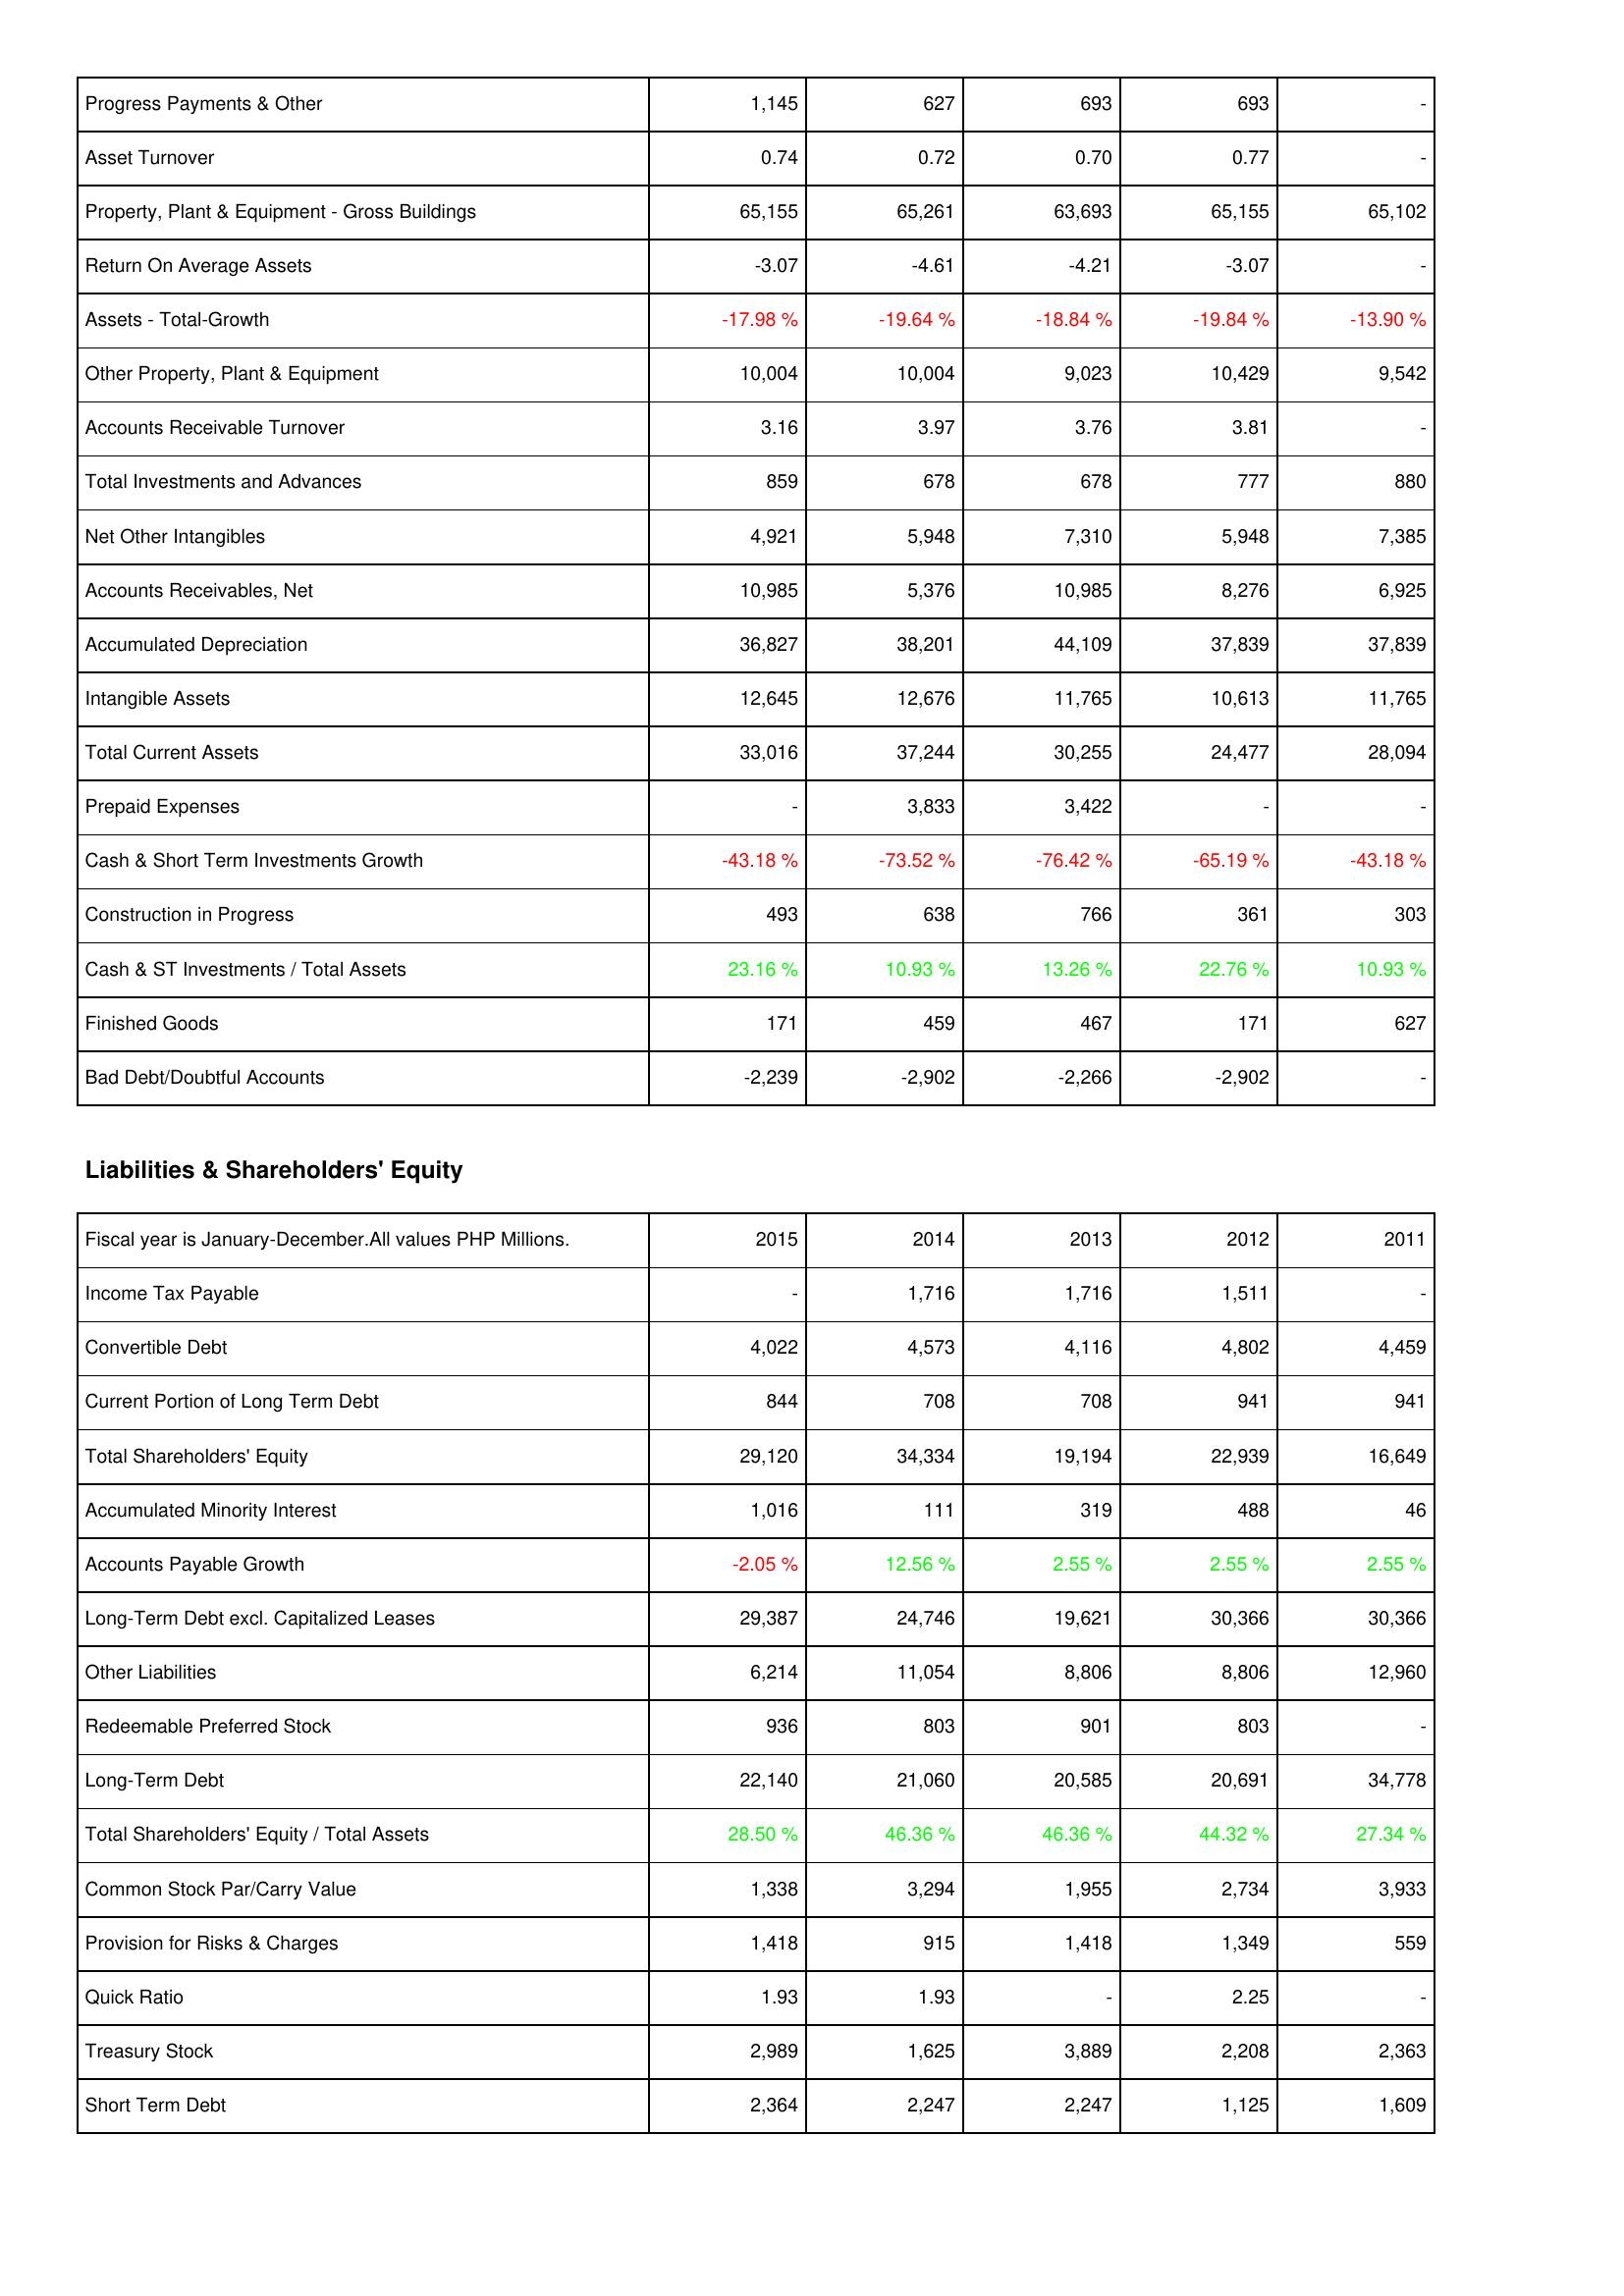
2015: Assets: Progress Payments & Other: 1,145
Asset Turnover: 0.74
Property, Plant & Equipment - Gross Buildings: 65,155
Return On Average Assets: -3.07
Assets - Total-Growth: -17.98 %
Other Property, Plant & Equipment: 10,004
Accounts Receivable Turnover: 3.16
Total Investments and Advances: 859
Net Other Intangibles: 4,921
Accounts Receivables, Net: 10,985
Accumulated Depreciation: 36,827
Intangible Assets: 12,645
Total Current Assets: 33,016
Prepaid Expenses: -
Cash & Short Term Investments Growth: -43.18 %
Construction in Progress: 493
Cash & ST Investments / Total Assets: 23.16 %
Finished Goods: 171
Bad Debt/Doubtful Accounts: -2,239
Liabilities & Shareholders' Equity: Income Tax Payable: -
Convertible Debt: 4,022
Current Portion of Long Term Debt: 844
Total Shareholders' Equity: 29,120
Accumulated Minority Interest: 1,016
Accounts Payable Growth: -2.05 %
Long-Term Debt excl. Capitalized Leases: 29,387
Other Liabilities: 6,214
Redeemable Preferred Stock: 936
Long-Term Debt: 22,140
Total Shareholders' Equity / Total Assets: 28.50 %
Common Stock Par/Carry Value: 1,338
Provision for Risks & Charges: 1,418
Quick Ratio: 1.93
Treasury Stock: 2,989
Short Term Debt: 2,364
2014: Assets: Progress Payments & Other: 627
Asset Turnover: 0.72
Property, Plant & Equipment - Gross Buildings: 65,261
Return On Average Assets: -4.61
Assets - Total-Growth: -19.64 %
Other Property, Plant & Equipment: 10,004
Accounts Receivable Turnover: 3.97
Total Investments and Advances: 678
Net Other Intangibles: 5,948
Accounts Receivables, Net: 5,376
Accumulated Depreciation: 38,201
Intangible Assets: 12,676
Total Current Assets: 37,244
Prepaid Expenses: 3,833
Cash & Short Term Investments Growth: -73.52 %
Construction in Progress: 638
Cash & ST Investments / Total Assets: 10.93 %
Finished Goods: 459
Bad Debt/Doubtful Accounts: -2,902
Liabilities & Shareholders' Equity: Income Tax Payable: 1,716
Convertible Debt: 4,573
Current Portion of Long Term Debt: 708
Total Shareholders' Equity: 34,334
Accumulated Minority Interest: 111
Accounts Payable Growth: 12.56 %
Long-Term Debt excl. Capitalized Leases: 24,746
Other Liabilities: 11,054
Redeemable Preferred Stock: 803
Long-Term Debt: 21,060
Total Shareholders' Equity / Total Assets: 46.36 %
Common Stock Par/Carry Value: 3,294
Provision for Risks & Charges: 915
Quick Ratio: 1.93
Treasury Stock: 1,625
Short Term Debt: 2,247
2013: Assets: Progress Payments & Other: 693
Asset Turnover: 0.70
Property, Plant & Equipment - Gross Buildings: 63,693
Return On Average Assets: -4.21
Assets - Total-Growth: -18.84 %
Other Property, Plant & Equipment: 9,023
Accounts Receivable Turnover: 3.76
Total Investments and Advances: 678
Net Other Intangibles: 7,310
Accounts Receivables, Net: 10,985
Accumulated Depreciation: 44,109
Intangible Assets: 11,765
Total Current Assets: 30,255
Prepaid Expenses: 3,422
Cash & Short Term Investments Growth: -76.42 %
Construction in Progress: 766
Cash & ST Investments / Total Assets: 13.26 %
Finished Goods: 467
Bad Debt/Doubtful Accounts: -2,266
Liabilities & Shareholders' Equity: Income Tax Payable: 1,716
Convertible Debt: 4,116
Current Portion of Long Term Debt: 708
Total Shareholders' Equity: 19,194
Accumulated Minority Interest: 319
Accounts Payable Growth: 2.55 %
Long-Term Debt excl. Capitalized Leases: 19,621
Other Liabilities: 8,806
Redeemable Preferred Stock: 901
Long-Term Debt: 20,585
Total Shareholders' Equity / Total Assets: 46.36 %
Common Stock Par/Carry Value: 1,955
Provision for Risks & Charges: 1,418
Quick Ratio: -
Treasury Stock: 3,889
Short Term Debt: 2,247
2012: Assets: Progress Payments & Other: 693
Asset Turnover: 0.77
Property, Plant & Equipment - Gross Buildings: 65,155
Return On Average Assets: -3.07
Assets - Total-Growth: -19.84 %
Other Property, Plant & Equipment: 10,429
Accounts Receivable Turnover: 3.81
Total Investments and Advances: 777
Net Other Intangibles: 5,948
Accounts Receivables, Net: 8,276
Accumulated Depreciation: 37,839
Intangible Assets: 10,613
Total Current Assets: 24,477
Prepaid Expenses: -
Cash & Short Term Investments Growth: -65.19 %
Construction in Progress: 361
Cash & ST Investments / Total Assets: 22.76 %
Finished Goods: 171
Bad Debt/Doubtful Accounts: -2,902
Liabilities & Shareholders' Equity: Income Tax Payable: 1,511
Convertible Debt: 4,802
Current Portion of Long Term Debt: 941
Total Shareholders' Equity: 22,939
Accumulated Minority Interest: 488
Accounts Payable Growth: 2.55 %
Long-Term Debt excl. Capitalized Leases: 30,366
Other Liabilities: 8,806
Redeemable Preferred Stock: 803
Long-Term Debt: 20,691
Total Shareholders' Equity / Total Assets: 44.32 %
Common Stock Par/Carry Value: 2,734
Provision for Risks & Charges: 1,349
Quick Ratio: 2.25
Treasury Stock: 2,208
Short Term Debt: 1,125
2011: Assets: Progress Payments & Other: -
Asset Turnover: -
Property, Plant & Equipment - Gross Buildings: 65,102
Return On Average Assets: -
Assets - Total-Growth: -13.90 %
Other Property, Plant & Equipment: 9,542
Accounts Receivable Turnover: -
Total Investments and Advances: 880
Net Other Intangibles: 7,385
Accounts Receivables, Net: 6,925
Accumulated Depreciation: 37,839
Intangible Assets: 11,765
Total Current Assets: 28,094
Prepaid Expenses: -
Cash & Short Term Investments Growth: -43.18 %
Construction in Progress: 303
Cash & ST Investments / Total Assets: 10.93 %
Finished Goods: 627
Bad Debt/Doubtful Accounts: -
Liabilities & Shareholders' Equity: Income Tax Payable: -
Convertible Debt: 4,459
Current Portion of Long Term Debt: 941
Total Shareholders' Equity: 16,649
Accumulated Minority Interest: 46
Accounts Payable Growth: 2.55 %
Long-Term Debt excl. Capitalized Leases: 30,366
Other Liabilities: 12,960
Redeemable Preferred Stock: -
Long-Term Debt: 34,778
Total Shareholders' Equity / Total Assets: 27.34 %
Common Stock Par/Carry Value: 3,933
Provision for Risks & Charges: 559
Quick Ratio: -
Treasury Stock: 2,363
Short Term Debt: 1,609